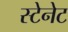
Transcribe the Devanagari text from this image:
स्टेनेट